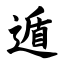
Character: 遁